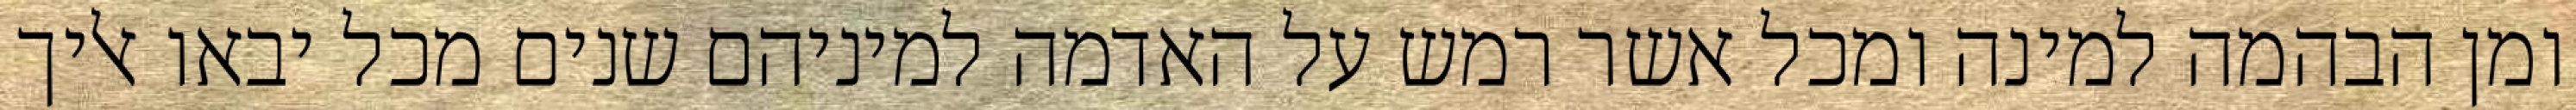
ומן הבהמה למינה ומכל אשר רמש על האדמה למיניהם שנים מכל יבאו אליך